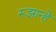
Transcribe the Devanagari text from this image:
रूझान्हे